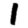
Digit: 1